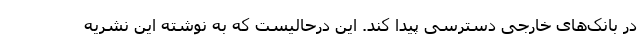
در بانک‌های خارجی دسترسی پیدا کند. این درحالیست که به نوشته این نشریه